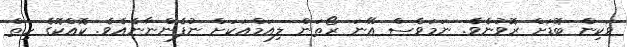
ވަކިން ބޮޑަށް ރޮވުނެވެ. ނަމަވެސް އޭނަ ރޯތަން ލިއަމްއަކަށް ނުފެންނާނެއެވެ. ކޮއްކޮގެ ހިތް